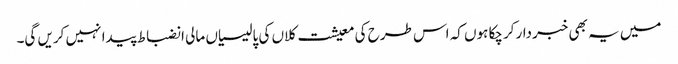
میں یہ بھی خبردار کرچکا ہوں کہ اس طرح کی معیشت کلاں کی پالیسیاں مالی انضباط پیدا نہیں کریں گی۔